Civil Veterinary Department. Central Provinces & Berar 1932-41 - 1932-1941
Year: 1932
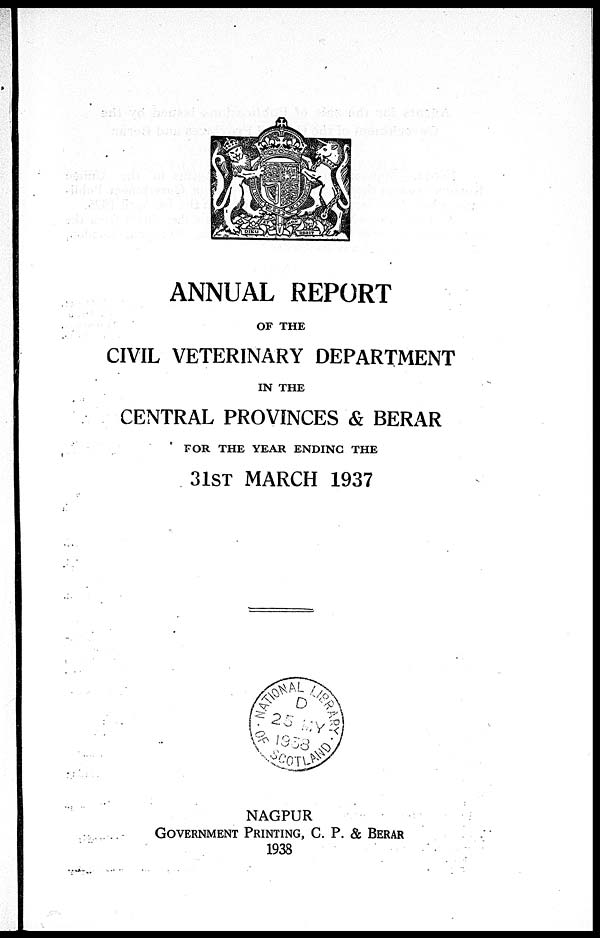
ANNUAL REPORT
OF THE
CIVIL VETERINARY DEPARTMENT
IN THE
CENTRAL PROVINCES & BERAR
FOR THE YEAR ENDING THE
31ST MARCH 1937
NAGPUR
GOVERNMENT PRINTING, C. P. & BERAR
1938